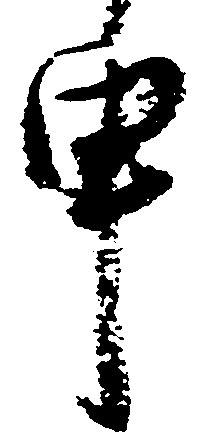
申